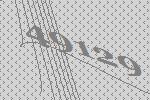
49129